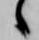
々